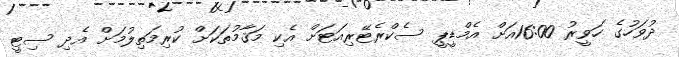
ދުވަހުގެ ހަވީރު 16:00އަށް އެމްޑީޕީ ސެކްރެޓޭރިއަޓަށް އެކި މަޤާމުތަކަށް ކުރިމަތިލުމަށް އެދި ސިޓީ